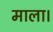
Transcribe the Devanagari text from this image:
माला।